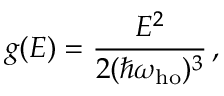
g ( E ) = { \frac { E ^ { 2 } } { 2 ( \hbar \omega _ { \mathrm { h o } } ) ^ { 3 } } } \, ,